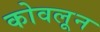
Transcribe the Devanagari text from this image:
कोवलून